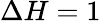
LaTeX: \Delta H=1